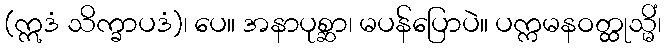
(ဣဒံ သိက္ခာပဒံ)၊ ပေ။ အနာပုစ္ဆာ၊ မပန်ပြောပဲ။ ပက္ကမနဝတ္ထုသ္မိံ၊